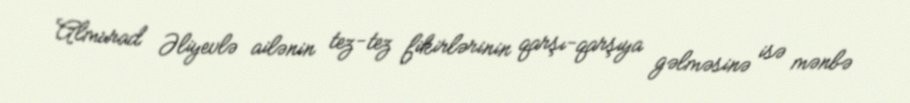
Almurad Əliyevlə ailənin tez-tez fikirlərinin qarşı-qarşıya gəlməsinə isə mənbə